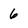
Character: 6